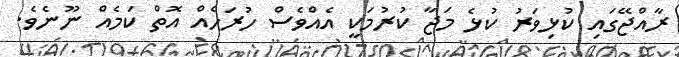
ރާއްޖޭގައި ކުޅިވަރު ކުޅެ މަޖާ ކުރުމަކީ އެއްވެސް ހުރަހެއް އޮތް ކަމެއް ނޫނެވެ.